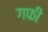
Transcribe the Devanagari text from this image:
गफी